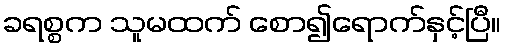
ခရစ္စက သူမထက် စော၍ရောက်နှင့်ပြီ။